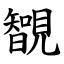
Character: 䚐